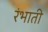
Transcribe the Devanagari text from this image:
रंभाती